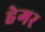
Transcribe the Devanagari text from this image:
हेगर